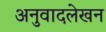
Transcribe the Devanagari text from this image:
अनुवादलेखन